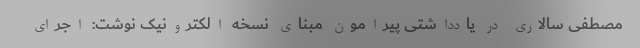
مصطفی سالاری در یادداشتی پیرامون مبنای نسخه الکترونیک نوشت: اجرای